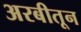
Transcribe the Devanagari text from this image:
अरबीतून